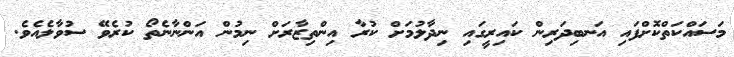
މަސައްކަތްކޮށްފައި އަނބިދަރިން ކައިރީގައި ނިދާލުމަށް ކުރާ އިންތިޒާރަށް ނިމުން އަންނާނެތޯ ކުރެވޭ ސުވާލެއެވެ.